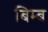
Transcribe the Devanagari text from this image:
बिम्‍ब